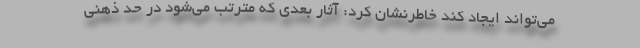
می‌تواند ایجاد کند خاطرنشان کرد: آثار بعدی که مترتب می‌شود در حد ذهنی